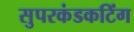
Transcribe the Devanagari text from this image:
सुपरकंडकटिंग